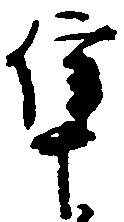
隼